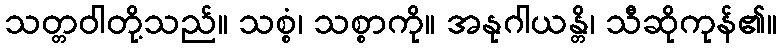
သတ္တဝါတို့သည်။ သစ္စံ၊ သစ္စာကို။ အနုဂါယန္တိ၊ သီဆိုကုန်၏။